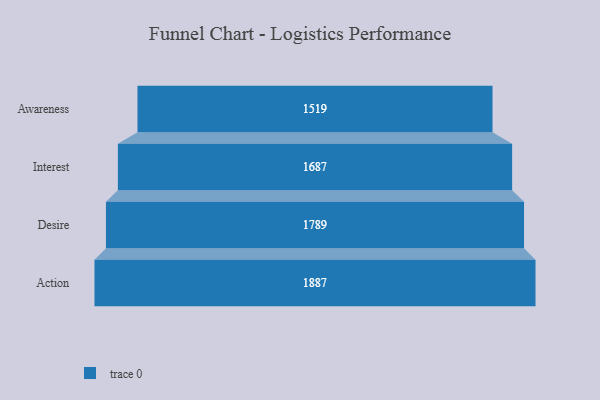
{"axis": {"x": "Stage", "y": "Value"}, "legend": [""], "data": [{"x": "Awareness", "y": 1519.0, "type": ""}, {"x": "Interest", "y": 1687.0, "type": ""}, {"x": "Desire", "y": 1789.0, "type": ""}, {"x": "Action", "y": 1887.0, "type": ""}]}